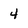
Character: 4